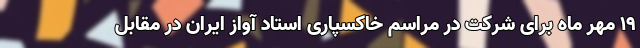
۱۹ مهر ماه برای شرکت در مراسم خاکسپاری استاد آواز ایران در مقابل